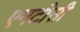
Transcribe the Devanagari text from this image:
एमटीसी